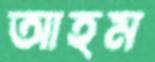
আহম